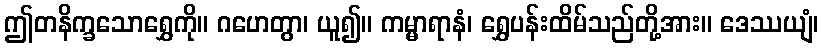
ဤတနိက္ခသောရွှေကို။ ဂဟေတွာ၊ ယူ၍။ ကမ္မာရာနံ၊ ရွှေပန်းထိမ်သည်တို့အား။ ဒေဿယျံ၊